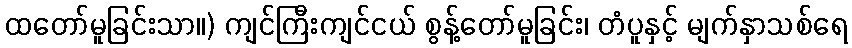
ထတော်မူခြင်းသာ။) ကျင်ကြီးကျင်ငယ် စွန့်တော်မူခြင်း၊ တံပူနှင့် မျက်နှာသစ်ရေ